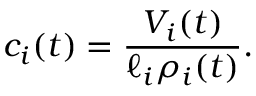
c _ { i } ( t ) = \frac { V _ { i } ( t ) } { \ell _ { i } \rho _ { i } ( t ) } .